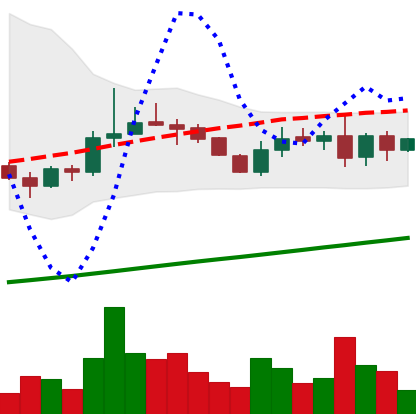
Ticker: LINK-USD
Chart end date: 2019-08-17
Forward return: -6.844%
Label: down_5_7